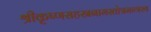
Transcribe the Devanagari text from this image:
श्रीकृष्णसहस्रनामस्तोत्रमन्त्रस्य